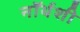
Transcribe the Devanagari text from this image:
नॉर्थशी